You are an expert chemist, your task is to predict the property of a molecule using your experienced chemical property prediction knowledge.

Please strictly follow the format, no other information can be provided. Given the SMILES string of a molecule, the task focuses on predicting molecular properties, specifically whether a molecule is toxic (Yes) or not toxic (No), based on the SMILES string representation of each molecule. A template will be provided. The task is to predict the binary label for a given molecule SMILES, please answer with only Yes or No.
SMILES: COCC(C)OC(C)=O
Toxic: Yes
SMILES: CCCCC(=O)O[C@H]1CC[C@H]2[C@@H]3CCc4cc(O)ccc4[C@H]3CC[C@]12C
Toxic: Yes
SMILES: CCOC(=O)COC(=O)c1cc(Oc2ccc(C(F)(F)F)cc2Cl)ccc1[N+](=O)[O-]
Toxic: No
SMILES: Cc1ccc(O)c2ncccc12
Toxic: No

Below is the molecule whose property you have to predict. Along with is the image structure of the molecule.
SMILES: CCCCC(CC)COP(=O)(OCC(CC)CCCC)OCC(CC)CCCC
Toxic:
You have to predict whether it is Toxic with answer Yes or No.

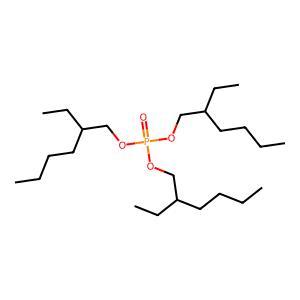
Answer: Yes